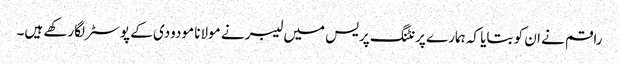
راقم نے ان کو بتایا کہ ہمارے پرنٹنگ پریس میں لیبر نے مولانا مودودی کے پوسٹر لگارکھے ہیں۔